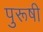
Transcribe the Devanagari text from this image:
पुरूषी